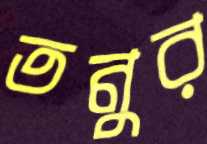
তনুর